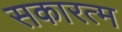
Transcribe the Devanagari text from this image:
सकारत्म